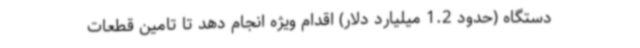
دستگاه (حدود 1.2 میلیارد دلار) اقدام ویژه انجام دهد تا تامین قطعات